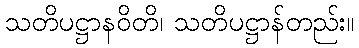
သတိပဋ္ဌာနဝိတိ၊ သတိပဋ္ဌာန်တည်း။